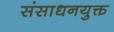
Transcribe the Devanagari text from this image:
संसाधनयुक्त